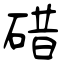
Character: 碏